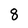
Character: 8